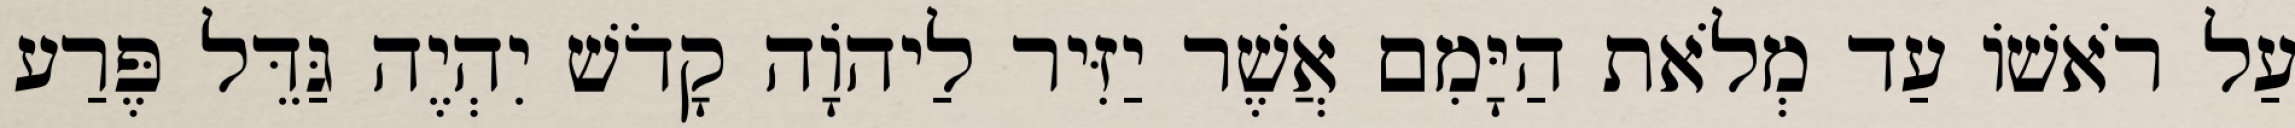
עַל רֹאשׁוֹ עַד מְלֹאת הַיָּמִם אֲשֶׁר יַזִּיר לַיהוָֹה קָדֹשׁ יִהְיֶה גַּדֵּל פֶּרַע